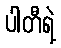
ပါတီရဲ့